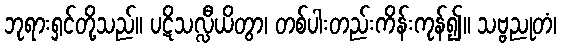
ဘုရားရှင်တို့သည်။ ပဋိသလ္လီယိတွာ၊ တစ်ပါးတည်းကိန်းကုန်၍။ သဗ္ဗညုတံ၊